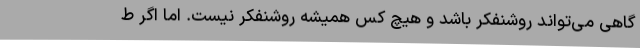
گاهی می‌تواند روشنفکر باشد و هیچ کس همیشه روشنفکر نیست. اما اگر ط